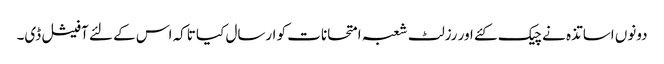
دونوں اساتذہ نے چیک کئے اور رزلٹ شعبہ امتحانات کو ارسال کیا تاکہ اس کے لئے آفیشل ڈی۔